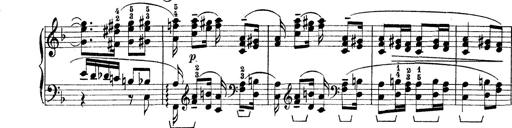
Title: Rapsodie: 19 ungheresi, 1 spagnuola
Composer: Franz Liszt